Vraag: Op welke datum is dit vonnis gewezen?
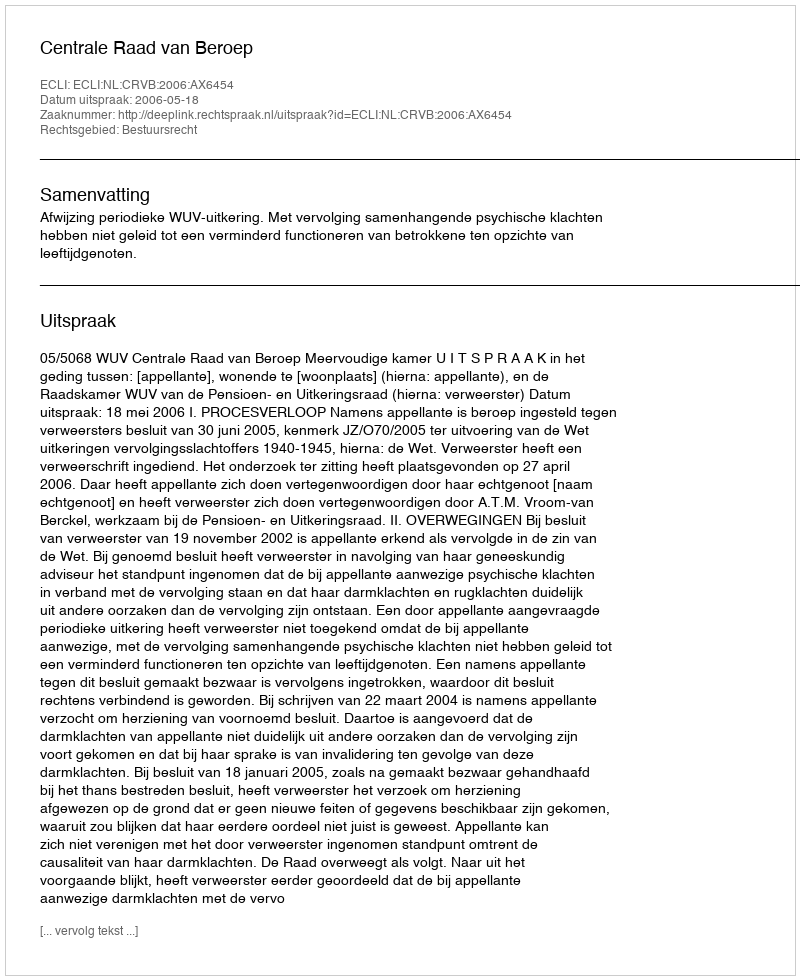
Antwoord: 2006-05-18